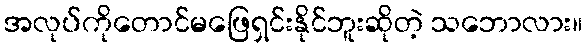
အလုပ်ကိုတောင်မဖြေရှင်းနိုင်ဘူးဆိုတဲ့ သဘောလား။